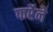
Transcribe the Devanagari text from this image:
फर्रेने